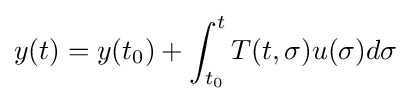
y(t)=y(t_{0})+\int _{t_{0}}^{t}T(t,\sigma )u(\sigma )d\sigma